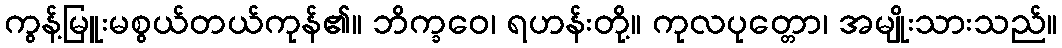
ကွန့်မြူးမစွယ်တယ်ကုန်၏။ ဘိက္ခဝေ၊ ရဟန်းတို့။ ကုလပုတ္တော၊ အမျိုးသားသည်။